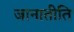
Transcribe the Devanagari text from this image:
जानातीति